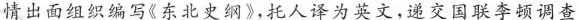
情出面组织编写《东北史纲》，托人译为英文，递交国联李顿调查